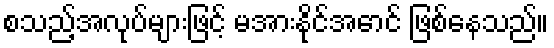
စသည့်အလုပ်များဖြင့် မအားနိုင်အောင် ဖြစ်နေသည်။